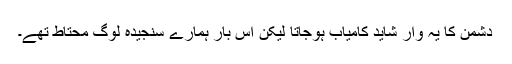
دشمن کا یہ وار شاید کامیاب ہوجاتا لیکن اس بار ہمارے سنجیدہ لوگ محتاط تھے۔